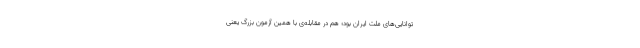
توانایی‌های ملّت ایران بود؛ هم در مقابله‌ی با همین آزمون بزرگ یعنی